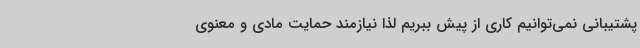
پشتیبانی نمی‌توانیم کاری از پیش ببریم لذا نیازمند حمایت مادی و معنوی